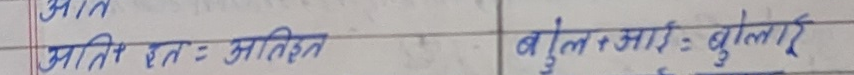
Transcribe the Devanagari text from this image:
आति
आति + इत = आतिइत

बुल + आई = बुलाई